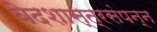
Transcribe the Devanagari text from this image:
वेदशास्त्रसंपन्‍न